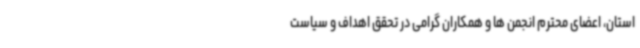
استان، اعضای محترم انجمن ها و همکاران گرامی در تحقق اهداف و سیاست